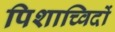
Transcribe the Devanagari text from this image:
पिशाच्विदों